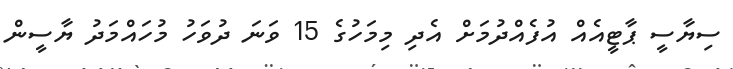
ސިޔާސީ ޕާޓީއެއް އުފެއްދުމަށް އެދި މިމަހުގެ 15 ވަނަ ދުވަހު މުހައްމަދު ޔާސީން